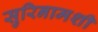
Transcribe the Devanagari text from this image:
सुरिनामशी